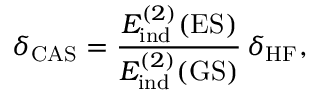
\delta _ { \mathrm { C A S } } = \frac { E _ { \mathrm { i n d } } ^ { ( 2 ) } ( \mathrm { E S } ) } { E _ { \mathrm { i n d } } ^ { ( 2 ) } ( \mathrm { G S } ) } \, \delta _ { \mathrm { H F } } ,